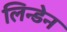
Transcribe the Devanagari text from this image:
लिन्डेन